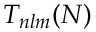
T _ { n l m } ( N )